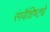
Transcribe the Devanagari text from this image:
रंगवैशिष्ट्ये